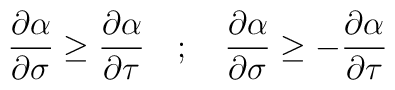
\frac{\partial \alpha}{\partial \sigma} \ge \frac{\partial \alpha}{\partial \tau} \quad ; \quad \frac{\partial \alpha}{\partial \sigma}\ge - \frac{\partial \alpha}{\partial \tau}